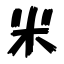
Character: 米